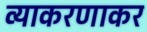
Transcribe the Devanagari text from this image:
व्याकरणाकर